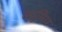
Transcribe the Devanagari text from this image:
क्युमिंग